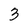
Character: 3